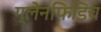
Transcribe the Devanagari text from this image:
ग्लेनफिडिच